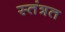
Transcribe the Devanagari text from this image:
स्तंत्रत